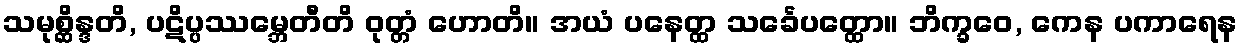
သမုစ္ဆိန္ဒတိ, ပဋိပ္ပဿမ္ဘေတီတိ ဝုတ္တံ ဟောတိ။ အယံ ပနေတ္ထ သင်္ခေပတ္ထော။ ဘိက္ခဝေ, ကေန ပကာရေန